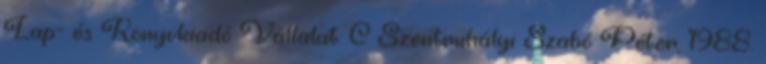
Lap- és Könyvkiadó Vállalat. C Szentmihályi Szabó Péter, 1988.